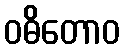
ဝဓိတောဝ